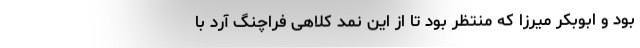
بود و ابوبکر میرزا که منتظر بود تا از این نمد کلاهی فراچنگ آرد با